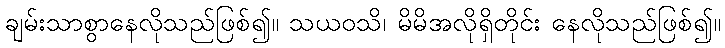
ချမ်းသာစွာနေလိုသည်ဖြစ်၍။ သယဝသိ၊ မိမိအလိုရှိတိုင်း နေလိုသည်ဖြစ်၍။